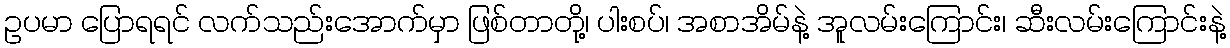
ဥပမာ ပြောရရင် လက်သည်းအောက်မှာ ဖြစ်တာတို့၊ ပါးစပ်၊ အစာအိမ်နဲ့ အူလမ်းကြောင်း၊ ဆီးလမ်းကြောင်းနဲ့